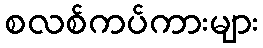
စလစ်ကပ်ကားများ